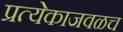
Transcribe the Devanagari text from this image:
प्रत्येकाजवळच